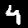
Label: 4